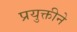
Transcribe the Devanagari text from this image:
प्रयुक्तीने